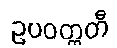
ဥပဝတ္တတီ